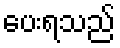
ပေးရသည်